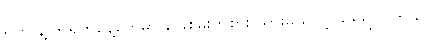
ရက် နဲ့ ၆ ရက်နေ့တွေမှာ ခြေစမ်းကစား သွားမယ်လို့ သိရှိရ ပါတယ်။